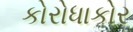
કોરોધાકોર